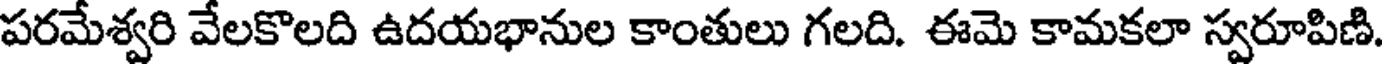
పరమేశ్వరి వేలకొలది ఉదయభానుల కాంతులు గలది. ఈమె కామకలా స్వరూపిణి